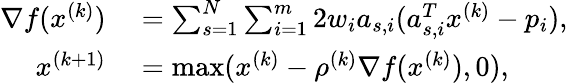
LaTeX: \begin{array}{rl}{\nabla f(x^{(k)})}&{{}=\sum_{s=1}^{N}\sum_{i=1}^{m}2w_{i}a_{s,i}(a_{s,i}^{T}x^{(k)}-p_{i}),}\\ {x^{(k+1)}}&{{}=\operatorname*{max}(x^{(k)}-\rho^{(k)}\nabla f(x^{(k)}),0),}\end{array}